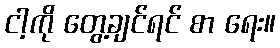
ငါ့ကို တွေ့ချင်ရင် စာ ရေး။